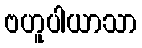
ဗဟူပါယာသာ